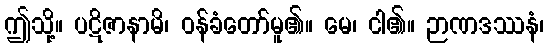
ဤသို့။ ပဋိဇာနာမိ၊ ဝန်ခံတော်မူ၏။ မေ၊ ငါ၏။ ဉာဏဒဿနံ၊